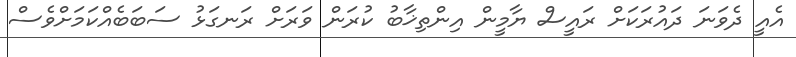
އެއީ ދެވަނަ ދައުރަކަށް ރައީސް ޔާމީން އިންތިޚާބު ކުރަން ވަރަށް ރަނގަޅު ސަބަބެއްކަމަށްވެސް